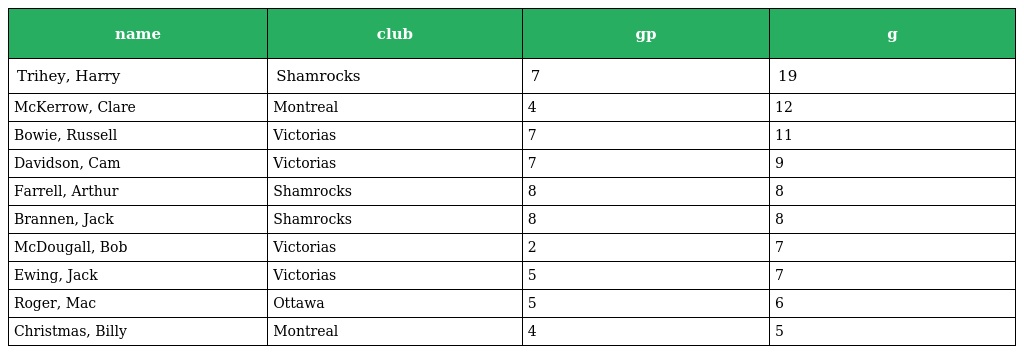
| name | club | gp | g |
 | --- | --- | --- | --- |
 | Trihey, Harry | Shamrocks | 7 | 19 |
 | McKerrow, Clare | Montreal | 4 | 12 |
 | Bowie, Russell | Victorias | 7 | 11 |
 | Davidson, Cam | Victorias | 7 | 9 |
 | Farrell, Arthur | Shamrocks | 8 | 8 |
 | Brannen, Jack | Shamrocks | 8 | 8 |
 | McDougall, Bob | Victorias | 2 | 7 |
 | Ewing, Jack | Victorias | 5 | 7 |
 | Roger, Mac | Ottawa | 5 | 6 |
 | Christmas, Billy | Montreal | 4 | 5 |